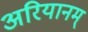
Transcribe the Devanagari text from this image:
अरियानम्